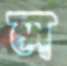
ল